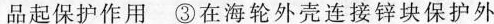
品起保护作用③在海轮外壳连接锌块保护外